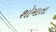
શોમાતા